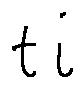
t i